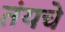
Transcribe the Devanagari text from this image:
तंयचे